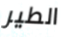
الطير